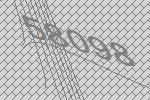
58098